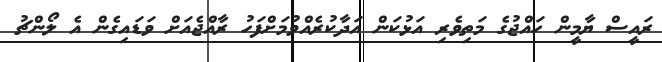
ރައީސް ޔާމީން ހައްޖުގެ މަތިވެރި އަޅުކަން އަދާކުރެއްވުމަށްފަހު ރާއްޖެއަށް ވަޑައިގެން އެ ލޯންޗު